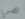
هي